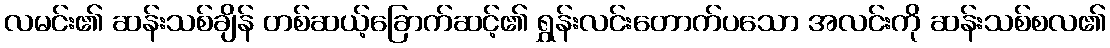
လမင်း၏ ဆန်းသစ်ချိန် တစ်ဆယ့်ခြောက်ဆင့်၏ ရွှန်းလင်းတောက်ပသော အလင်းကို ဆန်းသစ်စလ၏